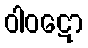
ဝါဝဋော